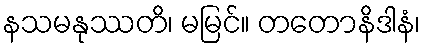
နသမနုဿတိ၊ မမြင်။ တတောနိဒါနံ၊